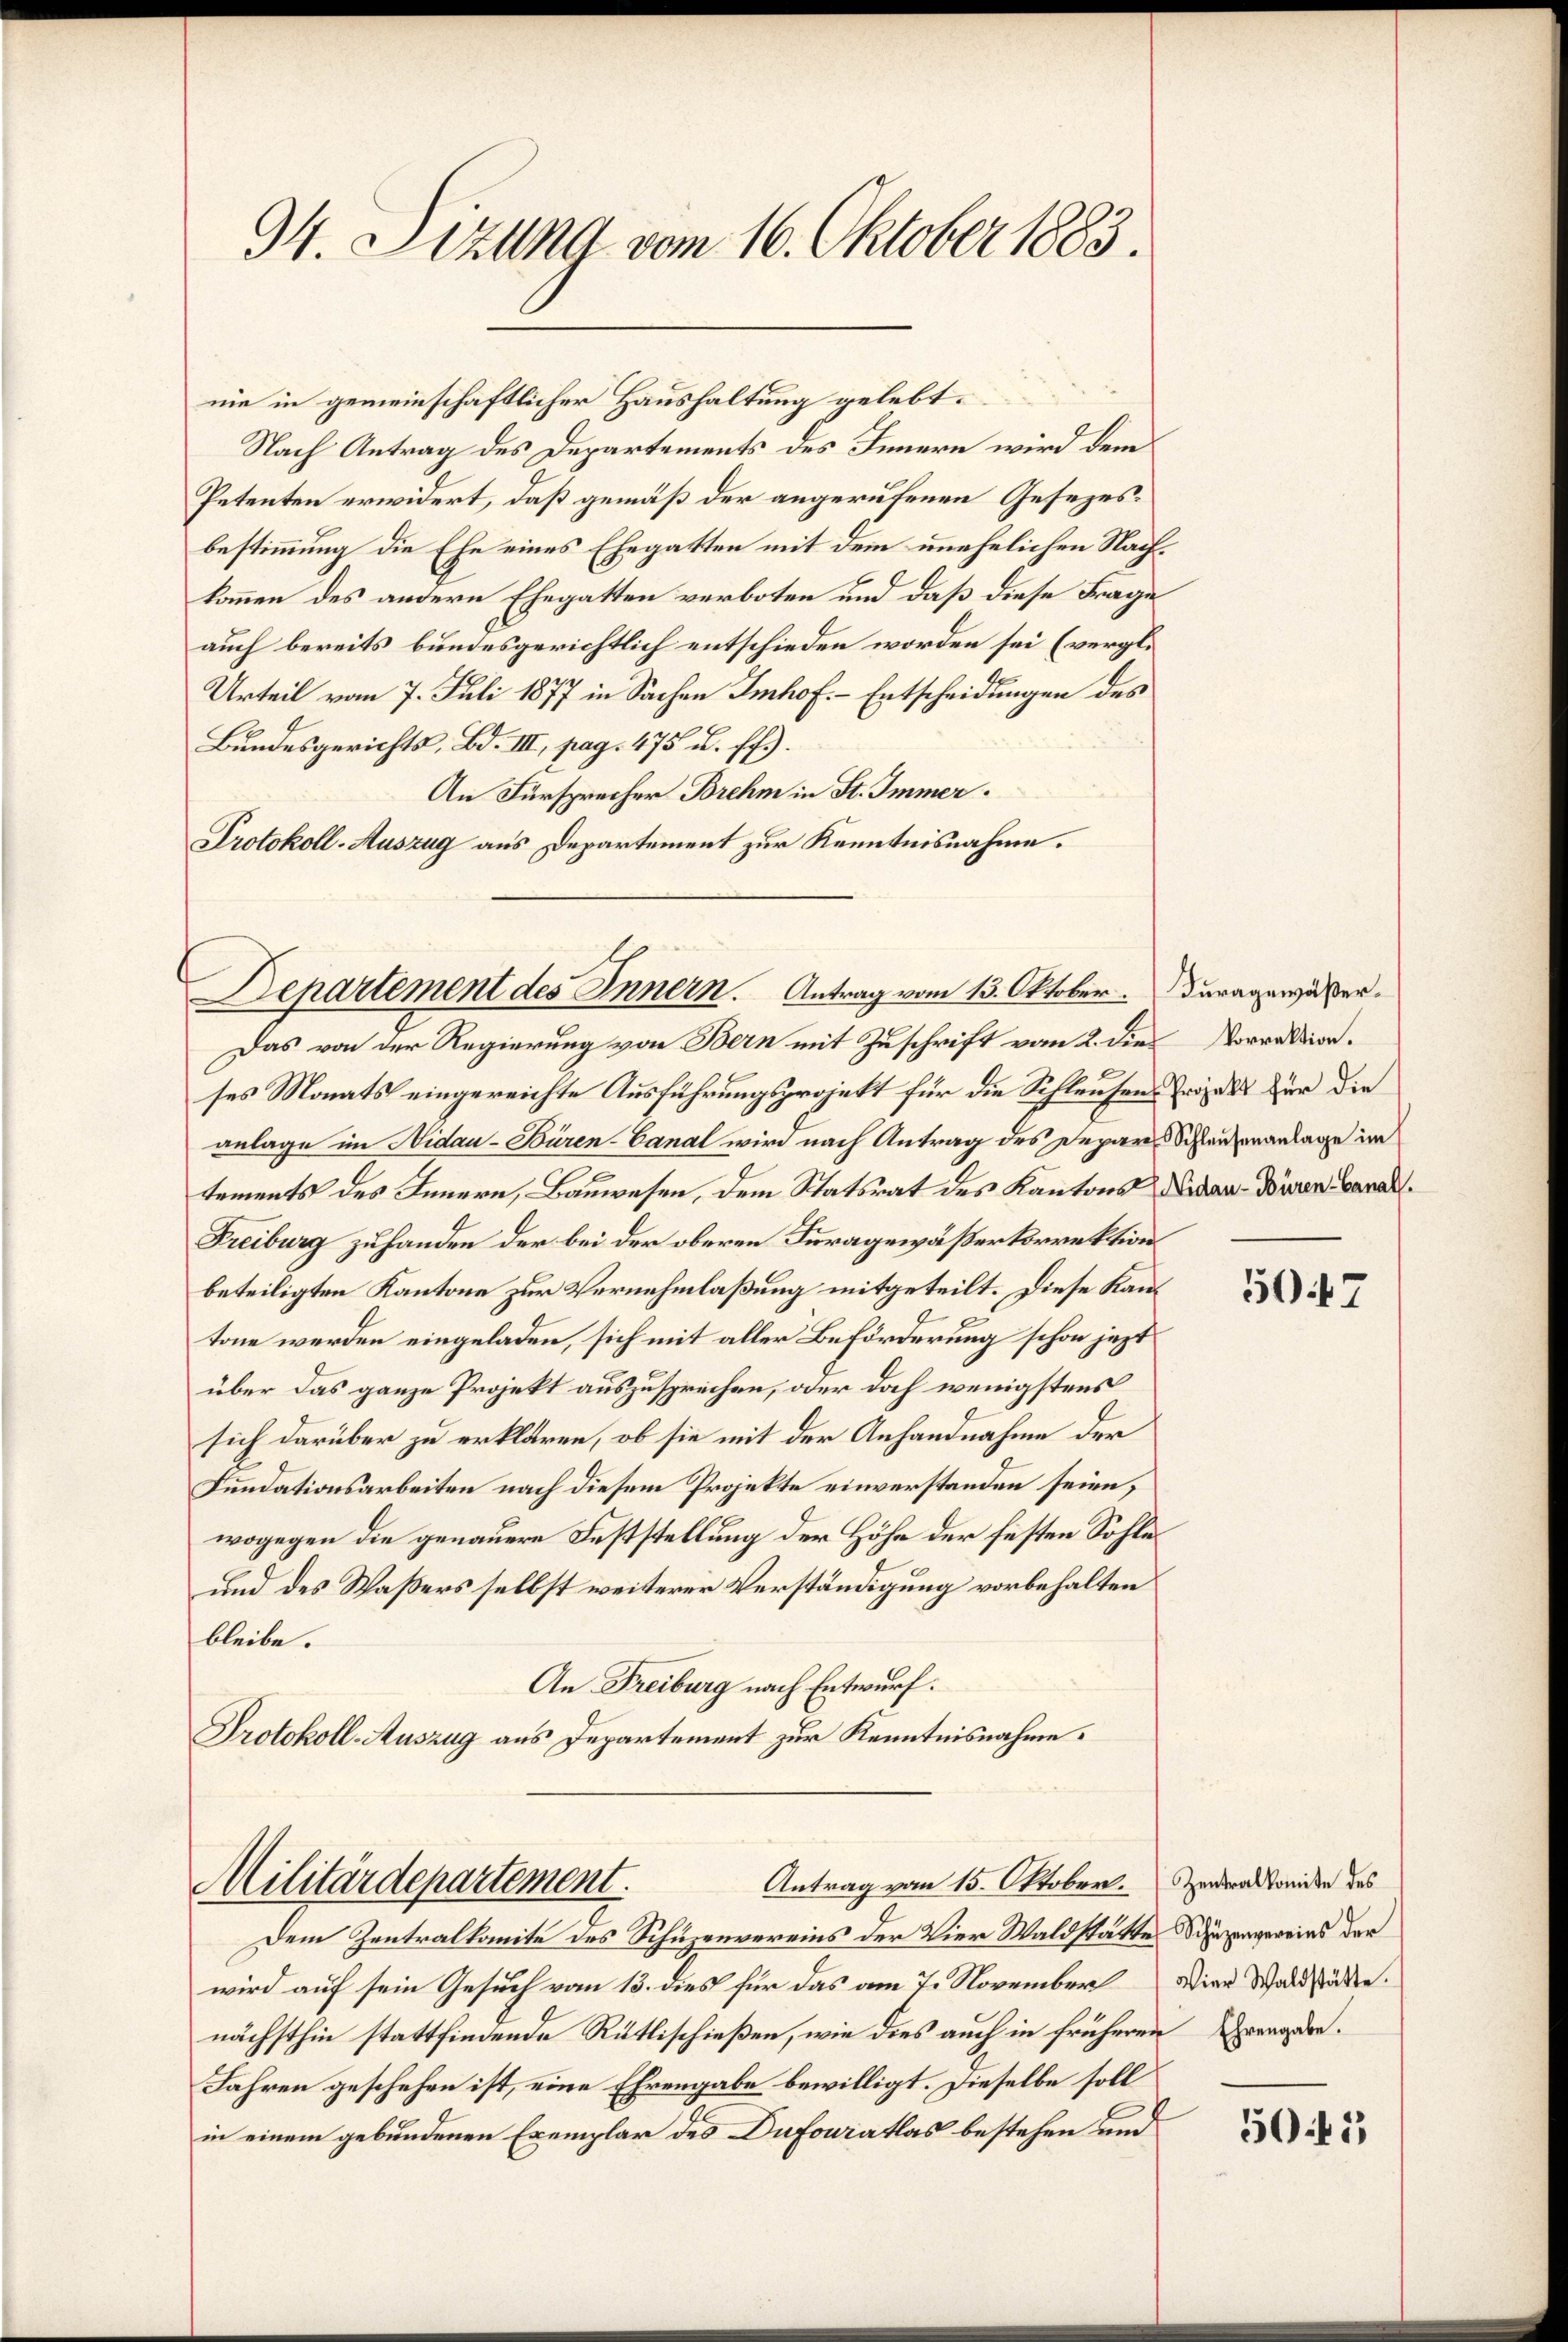
34. Sitzung vom 16. Oktober 1883.

nie in gemeinschaftlicher Haushaltung gelebt.
Nach Antrag des Departements des Innern wird dem
Petenten erwidert, daß gemäß der angerufenen Gesezesbestimmung die Ehe eines Ehegatten mit dem unehelichen Nachkommen des andern Ehegatten verboten und daß diese Frage
auch bereits bundesgerichtlich entschieden worden sei (vergl.
Urteil vom 7. Juli 1877 in Sachen Imhof - Entscheidungen des
Bundesgerichts, Bd. III, pag. 475 u. ff.).
An Fürsprecher Brehm in St. Immer.
Protokoll-Auszug aus Departement zur Kenntnisnahme.
Das von der Regierung von Bern mit Zuschrift vom 2. die
ses Monats eingereichte Ausführungsprojekt für die Schleusens Projekt für die
anlage im Nidau-Büren-Canal wird nach Antrag des Deparis Schlautenanlage im
tements des Innern, Bauwesen, dem Statsrat des Kantons Lidan-Duren Canal¬
Freiburg zu handen der bei der oberen Furagewäßerkorrektion
beteiligten Kantone zur Vernehmlaßung mitgeteilt. Diese Kantone werden eingeladen, sich mit aller Beförderung schon jezt
über das ganze Projekt auszusprechen, oder doch wenigstens
sich darüber zu erklären, ob sie mit der Anhandnahme der
Fundationsarbeiten nach diesem Projekte einverstanden seien,
wogegen die genauere Feststellung der Höhe der festen Sohle¬
und des Waßers selbst weiterer Verständigung vorbehalten
bleibe.
An Freiburg nach Entwurf.
Protokoll-Auszug aus Departement zur Kenntnisnahme.

Departement des Innern. Antrag vom 13. Oktober. Duragewäßer¬

Antrag vom 15. Oktober. Zentralkomite des
Militärdepartement.

Vorrektion.

Dem Zentralkomite des Schuzenvereins der Vier Waldstatte Schäzengereins der
wird auf sein Gesuch vom 13. dies für das am 7. November Wien Waldstädten.
nächsthin stattfindende Rütlischießen, wie dies auch in früheren Grengeden.
Jahren geschehen ist, eine Ehrengabe bewilligt. Dieselbe soll
in einem gebundenen Exemplar des Dufowratlas bestehen und

5047

5041